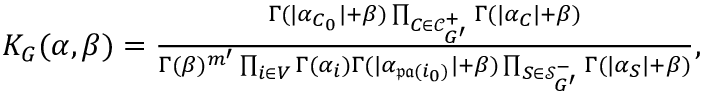
\begin{array} { r } { K _ { G } ( \alpha , \beta ) = \frac { \Gamma ( | \alpha _ { C _ { 0 } } | + \beta ) \prod _ { C \in \mathcal { C } _ { G ^ { \prime } } ^ { + } } \Gamma ( | \alpha _ { C } | + \beta ) } { \Gamma ( \beta ) ^ { m ^ { \prime } } \prod _ { i \in V } \Gamma ( \alpha _ { i } ) \Gamma ( | \alpha _ { \mathfrak { p a } ( i _ { 0 } ) } | + \beta ) \prod _ { S \in \mathcal { S } _ { G ^ { \prime } } ^ { - } } \Gamma ( | \alpha _ { S } | + \beta ) } , } \end{array}